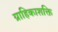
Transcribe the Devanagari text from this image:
ग्राहिकाशक्ति